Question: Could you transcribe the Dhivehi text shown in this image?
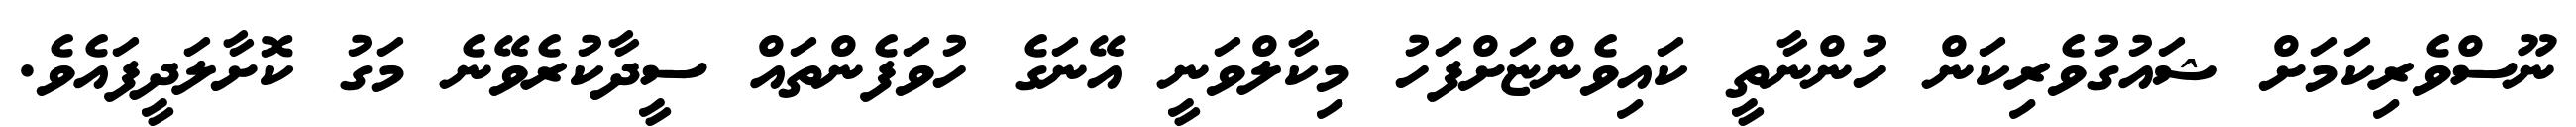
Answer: ނޫސްވެރިކަމަށް ޝައުގުވެރިކަން ހުންނާތީ ކައިވެންޏަށްފަހު މިކާލްވަނީ އޭނަގެ ހުވަފެންތައް ސީދާކުރެވޭނެ މަގު ކޮށާލަދީފައެވެ.